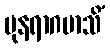
ပုနရာဂမာသိံ